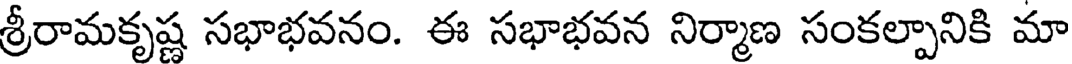
శ్రీరామకృష్ణ సభాభవనం. ఈ సభాభవన నిర్మాణ సంకల్పానికి మా